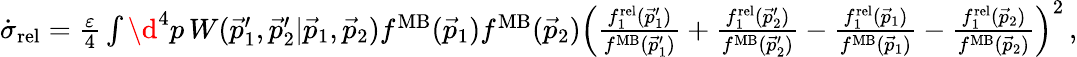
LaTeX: \begin{array}{r}{\dot{\sigma}_{\mathrm{rel}}=\frac{\varepsilon}{4}\int\d^{4}p\, W(\vec{p}_{1}^{\prime},\vec{p}_{2}^{\prime}|\vec{p}_{1},\vec{p}_{2})f^{\mathrm{MB}}(\vec{p}_{1})f^{\mathrm{MB}}(\vec{p}_{2})\left(\frac{f_{1}^{\mathrm{rel}}(\vec{p}_{1}^{\prime})}{f^{\mathrm{MB}}(\vec{p}_{1}^{\prime})}+\frac{f_{1}^{\mathrm{rel}}(\vec{p}_{2}^{\prime})}{f^{\mathrm{MB}}(\vec{p}_{2}^{\prime})}-\frac{f_{1}^{\mathrm{rel}}(\vec{p}_{1})}{f^{\mathrm{MB}}(\vec{p}_{1})}-\frac{f_{1}^{\mathrm{rel}}(\vec{p}_{2})}{f^{\mathrm{MB}}(\vec{p}_{2})}\right)^{2}\, ,}\end{array}